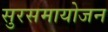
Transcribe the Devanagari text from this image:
सुरसमायोजन